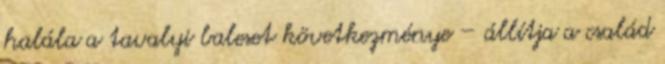
halála a tavalyi baleset következménye – állítja a család